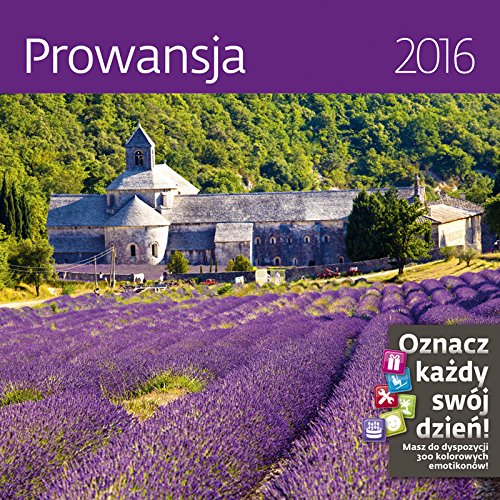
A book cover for Provance Wall Calendar 2016 - Lavender Calendar - Provence France Calendar - Flower Calendar By Helma; MegaCalendars; Calendars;